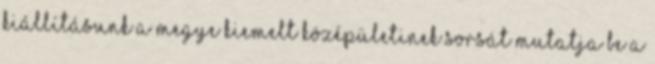
Kiállításunk a megye kiemelt középületinek sorsát mutatja be a